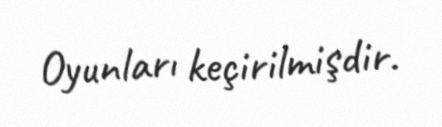
Oyunları keçirilmişdir.